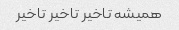
همیشه تاخیر تاخیر تاخیر